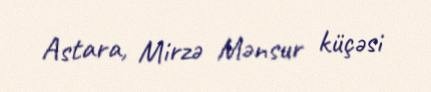
Astara, Mirzə Mənsur küçəsi